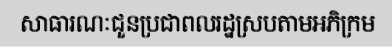
សាធារណៈជួនប្រជាពលរដ្ឋស្របតាមអភិក្រម